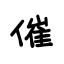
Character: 催